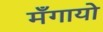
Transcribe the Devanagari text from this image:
मँगायो